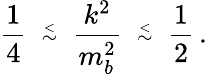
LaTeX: \frac{1}{4}\, \mathrm{{\scriptsize~\stackrel{<}{\sim}~}}\, \frac{k^{2}}{m_{b}^{2}}\, \mathrm{{\scriptsize~\stackrel{<}{\sim}~}}\, \frac{1}{2}\, .